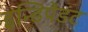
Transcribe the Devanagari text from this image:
इन्डिपेंडंट